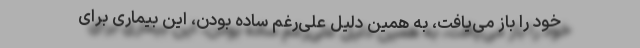
خود را باز می‌یافت، به همین دلیل علی‌رغم ساده بودن، این بیماری برای